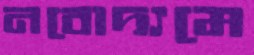
নবোদ্যমে